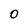
Character: 0